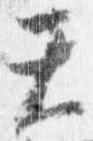
天